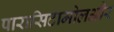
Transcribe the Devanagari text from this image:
पारासिटामोलऔर